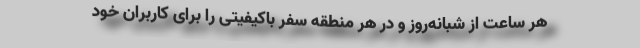
هر ساعت از شبانه‌روز و در هر منطقه سفر باکیفیتی را برای کاربران خود